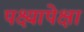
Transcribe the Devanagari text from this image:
पक्ष्यापेक्षा